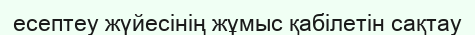
есептеу жүйесінің жұмыс қабілетін сақтау